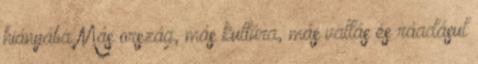
hiányába Más ország, más kultúra, más vallás és ráadásul